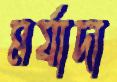
মর্যাদা